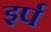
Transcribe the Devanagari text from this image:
इर्प